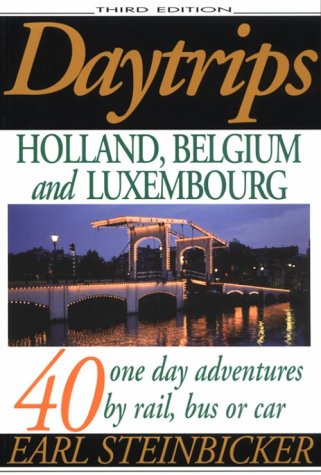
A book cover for Daytrips Holland, Belgium and Luxembourg; Earl Steinbicker; Travel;